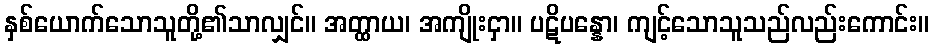
နှစ်ယောက်သောသူတို့၏သာလျှင်။ အတ္ထာယ၊ အကျိုးငှာ။ ပဋိပန္နော၊ ကျင့်သောသူသည်လည်းကောင်း။